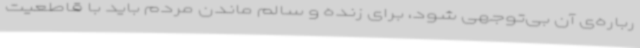
رباره‌ی آن بی‌توجهی شود، برای زنده و سالم ماندن مردم باید با قاطعیت